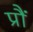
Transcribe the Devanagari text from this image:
प्रौं